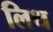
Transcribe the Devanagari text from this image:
लिथ